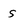
Character: s